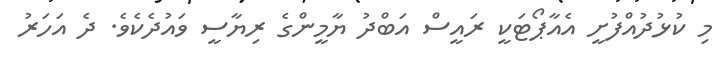
މި ކުޅުދުއްފުށީ އެއާޕޯޓަކީ ރައީސް އަބްދު ޔާމީންގެ ރިޔާސީ ވައުދެކެވެ. ދެ އަހަރު